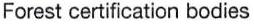
Forest certification bodies